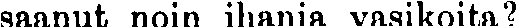
saanut noin ihania vasikoita?